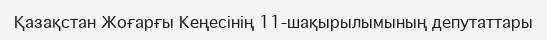
Қазақстан Жоғарғы Кеңесінің 11-шақырылымының депутаттары